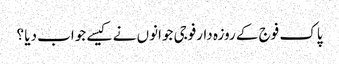
پاک فوج کے روزہ دارفوجی جوانوں نے کیسے جواب دیا ؟